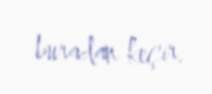
buradan keçir.